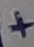
Text: +